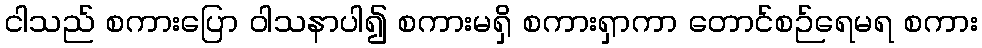
ငါသည် စကားပြော ဝါသနာပါ၍ စကားမရှိ စကားရှာကာ တောင်စဉ်ရေမရ စကား